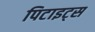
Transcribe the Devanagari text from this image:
पिटाइट्स